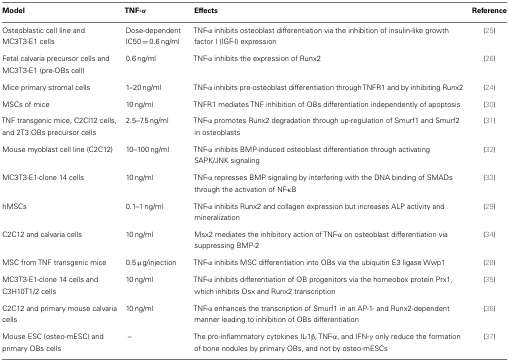
<table><thead><tr><td><b>Model</b></td><td><b>TNF-α</b></td><td><b>Effects</b></td><td><b>Reference</b></td></tr></thead><tbody><tr><td>Osteoblastic cell line and MC3T3-E1 cells</td><td>Dose-dependent IC50 = 0.6 ng/ml</td><td>TNF-α inhibits osteoblast differentiation via the inhibition of insulin-like growth factor I (IGF-I) expression</td><td>(25)</td></tr><tr><td>Fetal calvaria precursor cells and MC3T3-E1 (pre-OBs cell)</td><td>0.6 ng/ml</td><td>TNF-α inhibits the expression of Runx2</td><td>(26)</td></tr><tr><td>Mice primary stromal cells</td><td>1–20 ng/ml</td><td>TNF-α inhibits pre-osteoblast differentiation through TNFR1 and by inhibiting Runx2</td><td>(24)</td></tr><tr><td>MSCs of mice</td><td>10 ng/ml</td><td>TNFR1 mediates TNF inhibition of OBs differentiation independently of apoptosis</td><td>(30)</td></tr><tr><td>TNF transgenic mice, C2Cl12 cells, and 2T3 OBs precursor cells</td><td>2.5–7.5 ng/ml</td><td>TNF-α promotes Runx2 degradation through up-regulation of Smurf1 and Smurf2 in osteoblasts</td><td>(31)</td></tr><tr><td>Mouse myoblast cell line (C2C12)</td><td>10–100 ng/ml</td><td>TNF-α inhibits BMP-induced osteoblast differentiation through activating SAPK/JNK signaling</td><td>(32)</td></tr><tr><td>MC3T3-E1-clone 14 cells</td><td>10 ng/ml</td><td>TNF-α represses BMP signaling by interfering with the DNA binding of SMADs through the activation of NF-κB</td><td>(33)</td></tr><tr><td>hMSCs</td><td>0.1–1 ng/ml</td><td>TNF-α inhibits Runx2 and collagen expression but increases ALP activity and mineralization</td><td>(29)</td></tr><tr><td>C2C12 and calvaria cells</td><td>10 ng/ml</td><td>Msx2 mediates the inhibitory action of TNF-α on osteoblast differentiation via suppressing BMP-2</td><td>(34)</td></tr><tr><td>MSC from TNF transgenic mice</td><td>0.5 μg/injection</td><td>TNF-α inhibits MSC differentiation into OBs via the ubiquitin E3 ligase Wwp1</td><td>(28)</td></tr><tr><td>MC3T3-E1-clone 14 cells and C3H10T1/2 cells</td><td>10 ng/ml</td><td>TNF-α inhibits differentiation of OB progenitors via the homeobox protein Prx1, which inhibits Osx and Runx2 transcription</td><td>(35)</td></tr><tr><td>C2C12 and primary mouse calvaria cells</td><td>10 ng/ml</td><td>TNF-α enhances the transcription of Smurf1 in an AP-1- and Runx2-dependent manner leading to inhibition of OBs differentiation</td><td>(36)</td></tr><tr><td>Mouse ESC (osteo-mESC) and primary OBs cells</td><td>–</td><td>The pro-inflammatory cytokines IL-1β, TNF-α, and IFN-γ only reduce the formation of bone nodules by primary OBs, and not by osteo-mESCs</td><td>(37)</td></tr></tbody></table>